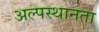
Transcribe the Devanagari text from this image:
अल्पस्थानता